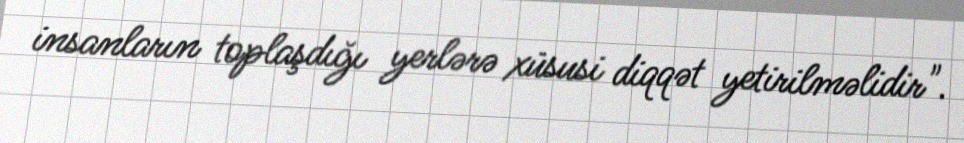
insanların toplaşdığı yerlərə xüsusi diqqət yetirilməlidir".